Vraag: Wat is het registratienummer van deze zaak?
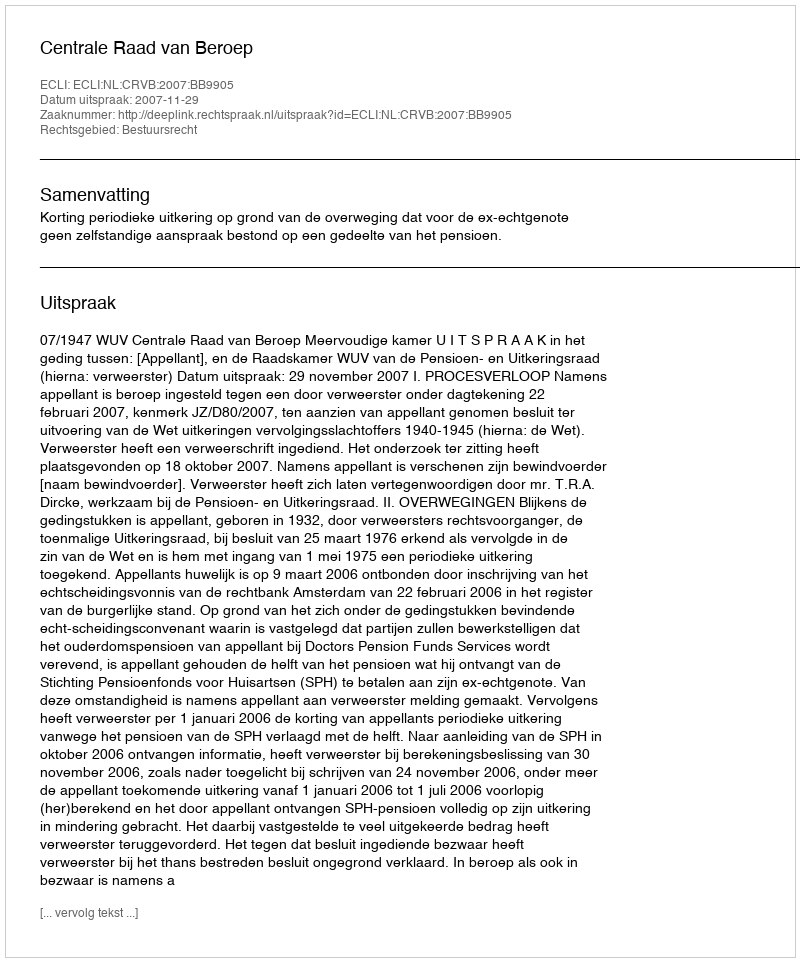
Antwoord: http://deeplink.rechtspraak.nl/uitspraak?id=ECLI:NL:CRVB:2007:BB9905